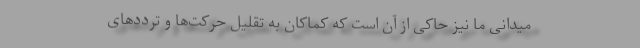
میدانی ما نیز حاکی از آن است که کماکان به تقلیل حرکت‌ها و ترددهای